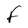
Character: F